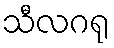
သီလဂရု